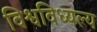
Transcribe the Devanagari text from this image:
विश्वविध्यल्य